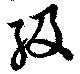
級